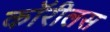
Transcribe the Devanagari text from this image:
कॉरीलस